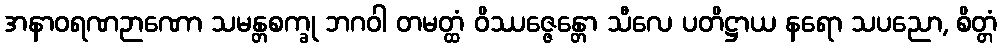
အနာဝရဏဉာဏော သမန္တစက္ခု ဘဂဝါ တမတ္ထံ ဝိဿဇ္ဇေန္တော သီလေ ပတိဋ္ဌာယ နရော သပညော, စိတ္တံ